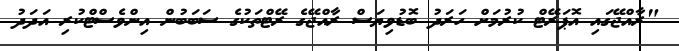
"ރާއްޖޭގައި އޮޕަރޭޓް ކުރުމަށް ހަރަދު ބޮޑުވިޔަސް ރާއްޖޭގެ ރޭޓްތަކުގެ ސަބަބުން އިންވެސްޓްކުރި އަދަދު